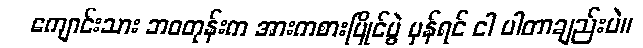
ကျောင်းသား ဘဝတုန်းက အားကစားပြိုင်ပွဲ မှန်ရင် ငါ ပါတာချည်းပဲ။